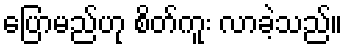
ပြောမည်ဟု စိတ်ကူး လာခဲ့သည်။